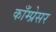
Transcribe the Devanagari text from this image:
काँम्प्रेसर